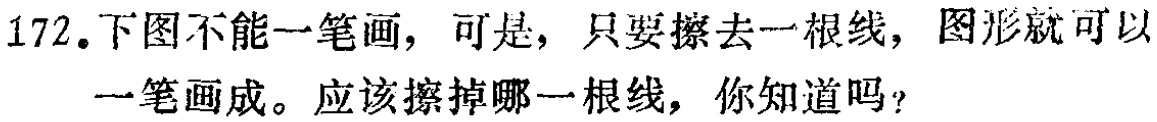
172.下图不能一笔画，可是，只要擦去一根线，图形就可以一笔画成。应该擦掉哪一根线，你知道吗？